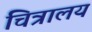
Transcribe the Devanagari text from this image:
चित्रालय